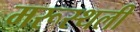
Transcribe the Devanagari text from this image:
मरूस्थली